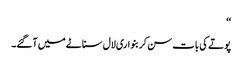
‘‘
پوتے کی بات سن کر بنواری لال سناٹے میں آگئے۔